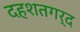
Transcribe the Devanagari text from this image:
दहशतगर्द